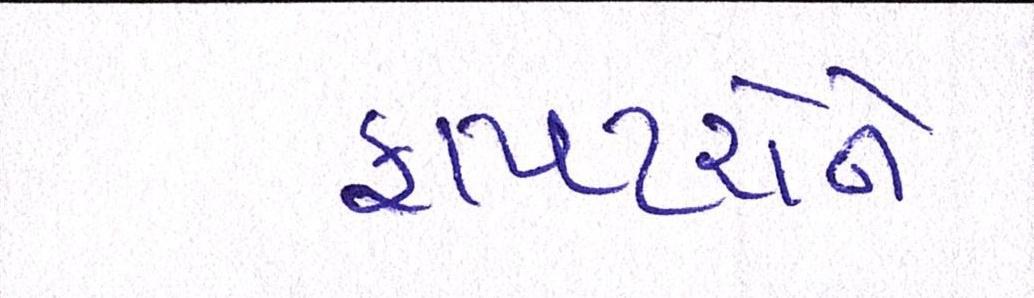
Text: ફાયટરોને